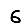
Digit: 6